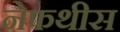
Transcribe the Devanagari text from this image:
नेफथीस